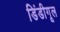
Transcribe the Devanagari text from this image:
डिंडीगूल